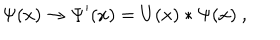
\Psi ( x ) \to \Psi ^ { \prime } ( x ) = U ( x ) * \Psi ( x ) \ ,